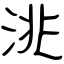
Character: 洮